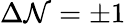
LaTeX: \Delta\mathcal{N}=\pm1